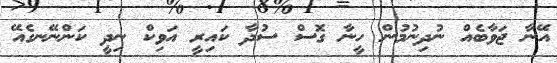
އޭނާ ޖަވާބެއް ނުދިނުމުން ހީނާ ގޮސް ސުދާ ކައިރީ އަވިކް ނިދީ ކަންނޭނގެއޭ